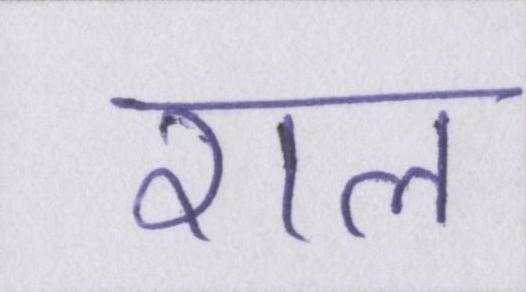
राल